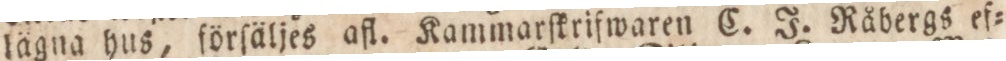
lägna hus, förſäljes afl. Kammarſkrifwaren C. J. Råbergs ef=